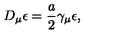
D _ { \mu } \epsilon = \frac { a } { 2 } \gamma _ { \mu } \epsilon ,